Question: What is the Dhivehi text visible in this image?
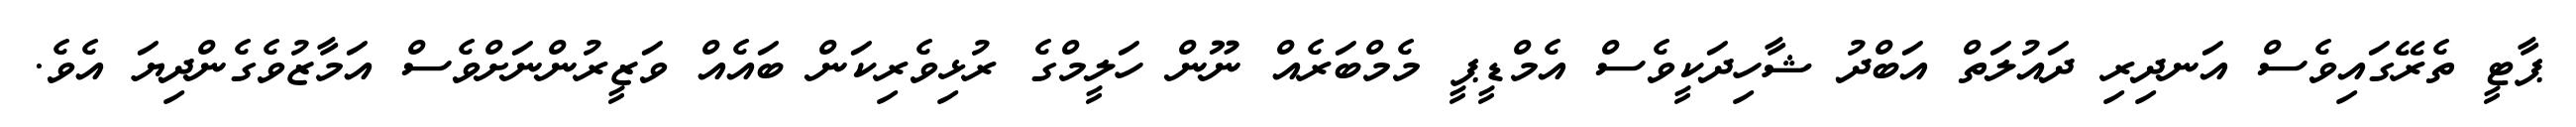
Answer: ޕާޓީ ތެރޭގައިވެސް އަނދިރި ދައުލަތް އަބްދު ޝާހިދަކީވެސް އެމްޑީޕީ މެމްބަރެއް ނޫން ހަލީމްގެ ރުޅިވެރިކަން ބައެއް ވަޒީރުންނަށްވެސް އަމާޒުވެގެންދިޔަ އެވެ.